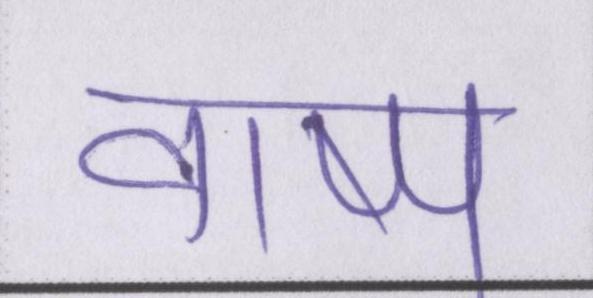
वाष्प